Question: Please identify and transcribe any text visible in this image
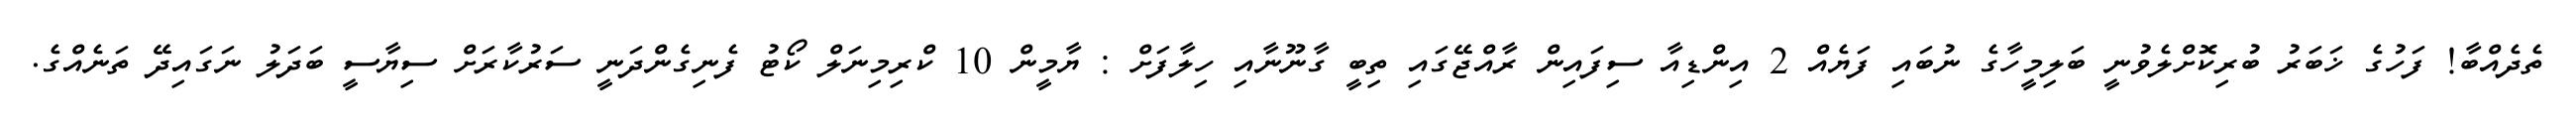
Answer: ތެދެއްބާ! ފަހުގެ ޚަބަރު ބުރިކޮށްލެވުނީ ބަލިމީހާގެ ނުބައި ފަޔެއް 2 އިންޑިއާ ސިފައިން ރާއްޖޭގައި ތިބީ ގާނޫނާއި ހިލާފަށް : ޔާމީން 10 ކްރިމިނަލް ކޯޓު ފެނިގެންދަނީ ސަރުކާރަށް ސިޔާސީ ބަދަލު ނަގައިދޭ ތަނެއްގެ.